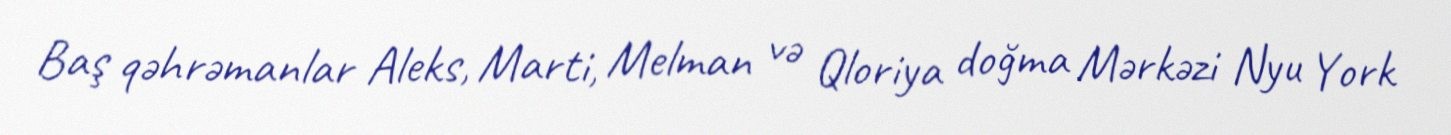
Baş qəhrəmanlar Aleks, Marti, Melman və Qloriya doğma Mərkəzi Nyu York